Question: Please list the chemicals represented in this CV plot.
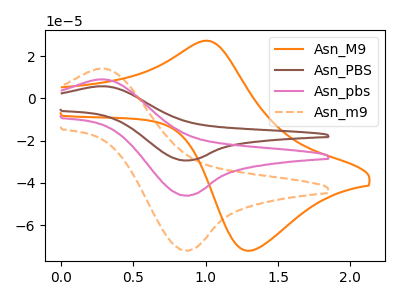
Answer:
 <answer>The orange curve is labeled "Asn_M9". The brown curve is labeled "Asn_PBS". The pink curve is labeled "Asn_pbs". The orange dashed curve is labeled "Asn_m9".</answer>
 <eval></eval>